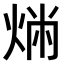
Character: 𤉤